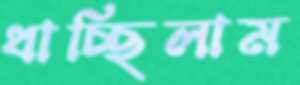
ধাচ্ছিলাম